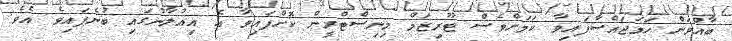
ބާއްވަން ހަމަޖައްސާފައިވާ ކަމަށްވެސް ޓޫރިޒަމް މިނިސްޓްރީން ކޮށްފައިވާ އެ އިއުލާނުގައި ބުނެފައިވެ އެވެ.